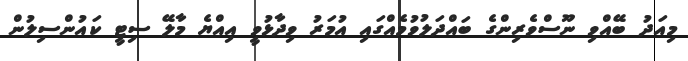
މިއަދު ބޭއްވި ނޫސްވެރިންގެ ބައްދަލުވުމެއްގައި އުމަރު ވިދާޅުވީ އިއްޔެ މާލޭ ސިޓީ ކައުންސިލުން